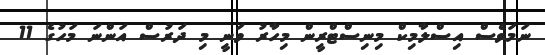
ނަމަވެސް އިސްލާމިކް މިނިސްޓްރީން މިހާރު ވަނީ މި ދަރުސް އަންނަ މަހުގެ 11